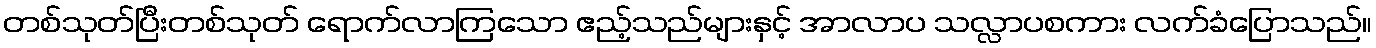
တစ်သုတ်ပြီးတစ်သုတ် ရောက်လာကြသော ဧည့်သည်များနှင့် အာလာပ သလ္လာပစကား လက်ခံပြောသည်။